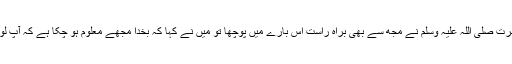
بہرحال مختصر یہ کہ حضرت عائشہ ؓکہتی ہیں کہ ایک دن آنحضرت صلی اللہ علیہ وسلم نے مجھ سے بھی براہِ راست اس بارے میں پوچھا تو مَیں نے کہا کہ بخدا مجھے معلوم ہو چکا ہے کہ آپ لوگوں نے وہ بات سنی ہے جس کا لوگ آپس میں تذکرہ کرتے ہیں۔